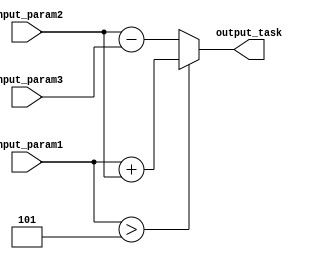
module generate_task_block(
    input [7:0] input_param1,
    input [7:0] input_param2,
    input [7:0] input_param3,
    output reg [7:0] output_task
);

task generate_task;
begin
    if (input_param1 > 5) begin
        output_task = input_param1 + input_param2;
    end
    else begin
        output_task = input_param2 - input_param3;
    end
end
endtask

initial begin
    generate_task;
end

endmodule